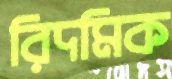
রিদমিক